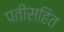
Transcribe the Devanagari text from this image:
पतीसहित